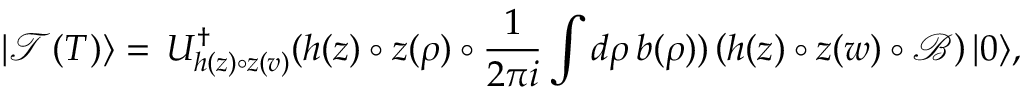
| \mathcal { T } ( T ) \rangle = \, U _ { h ( z ) \circ z ( v ) } ^ { \dagger } ( h ( z ) \circ z ( \rho ) \circ \frac { 1 } { 2 \pi i } \int d \rho \, b ( \rho ) ) \left( h ( z ) \circ z ( w ) \circ \mathcal { B } \right) | 0 \rangle ,